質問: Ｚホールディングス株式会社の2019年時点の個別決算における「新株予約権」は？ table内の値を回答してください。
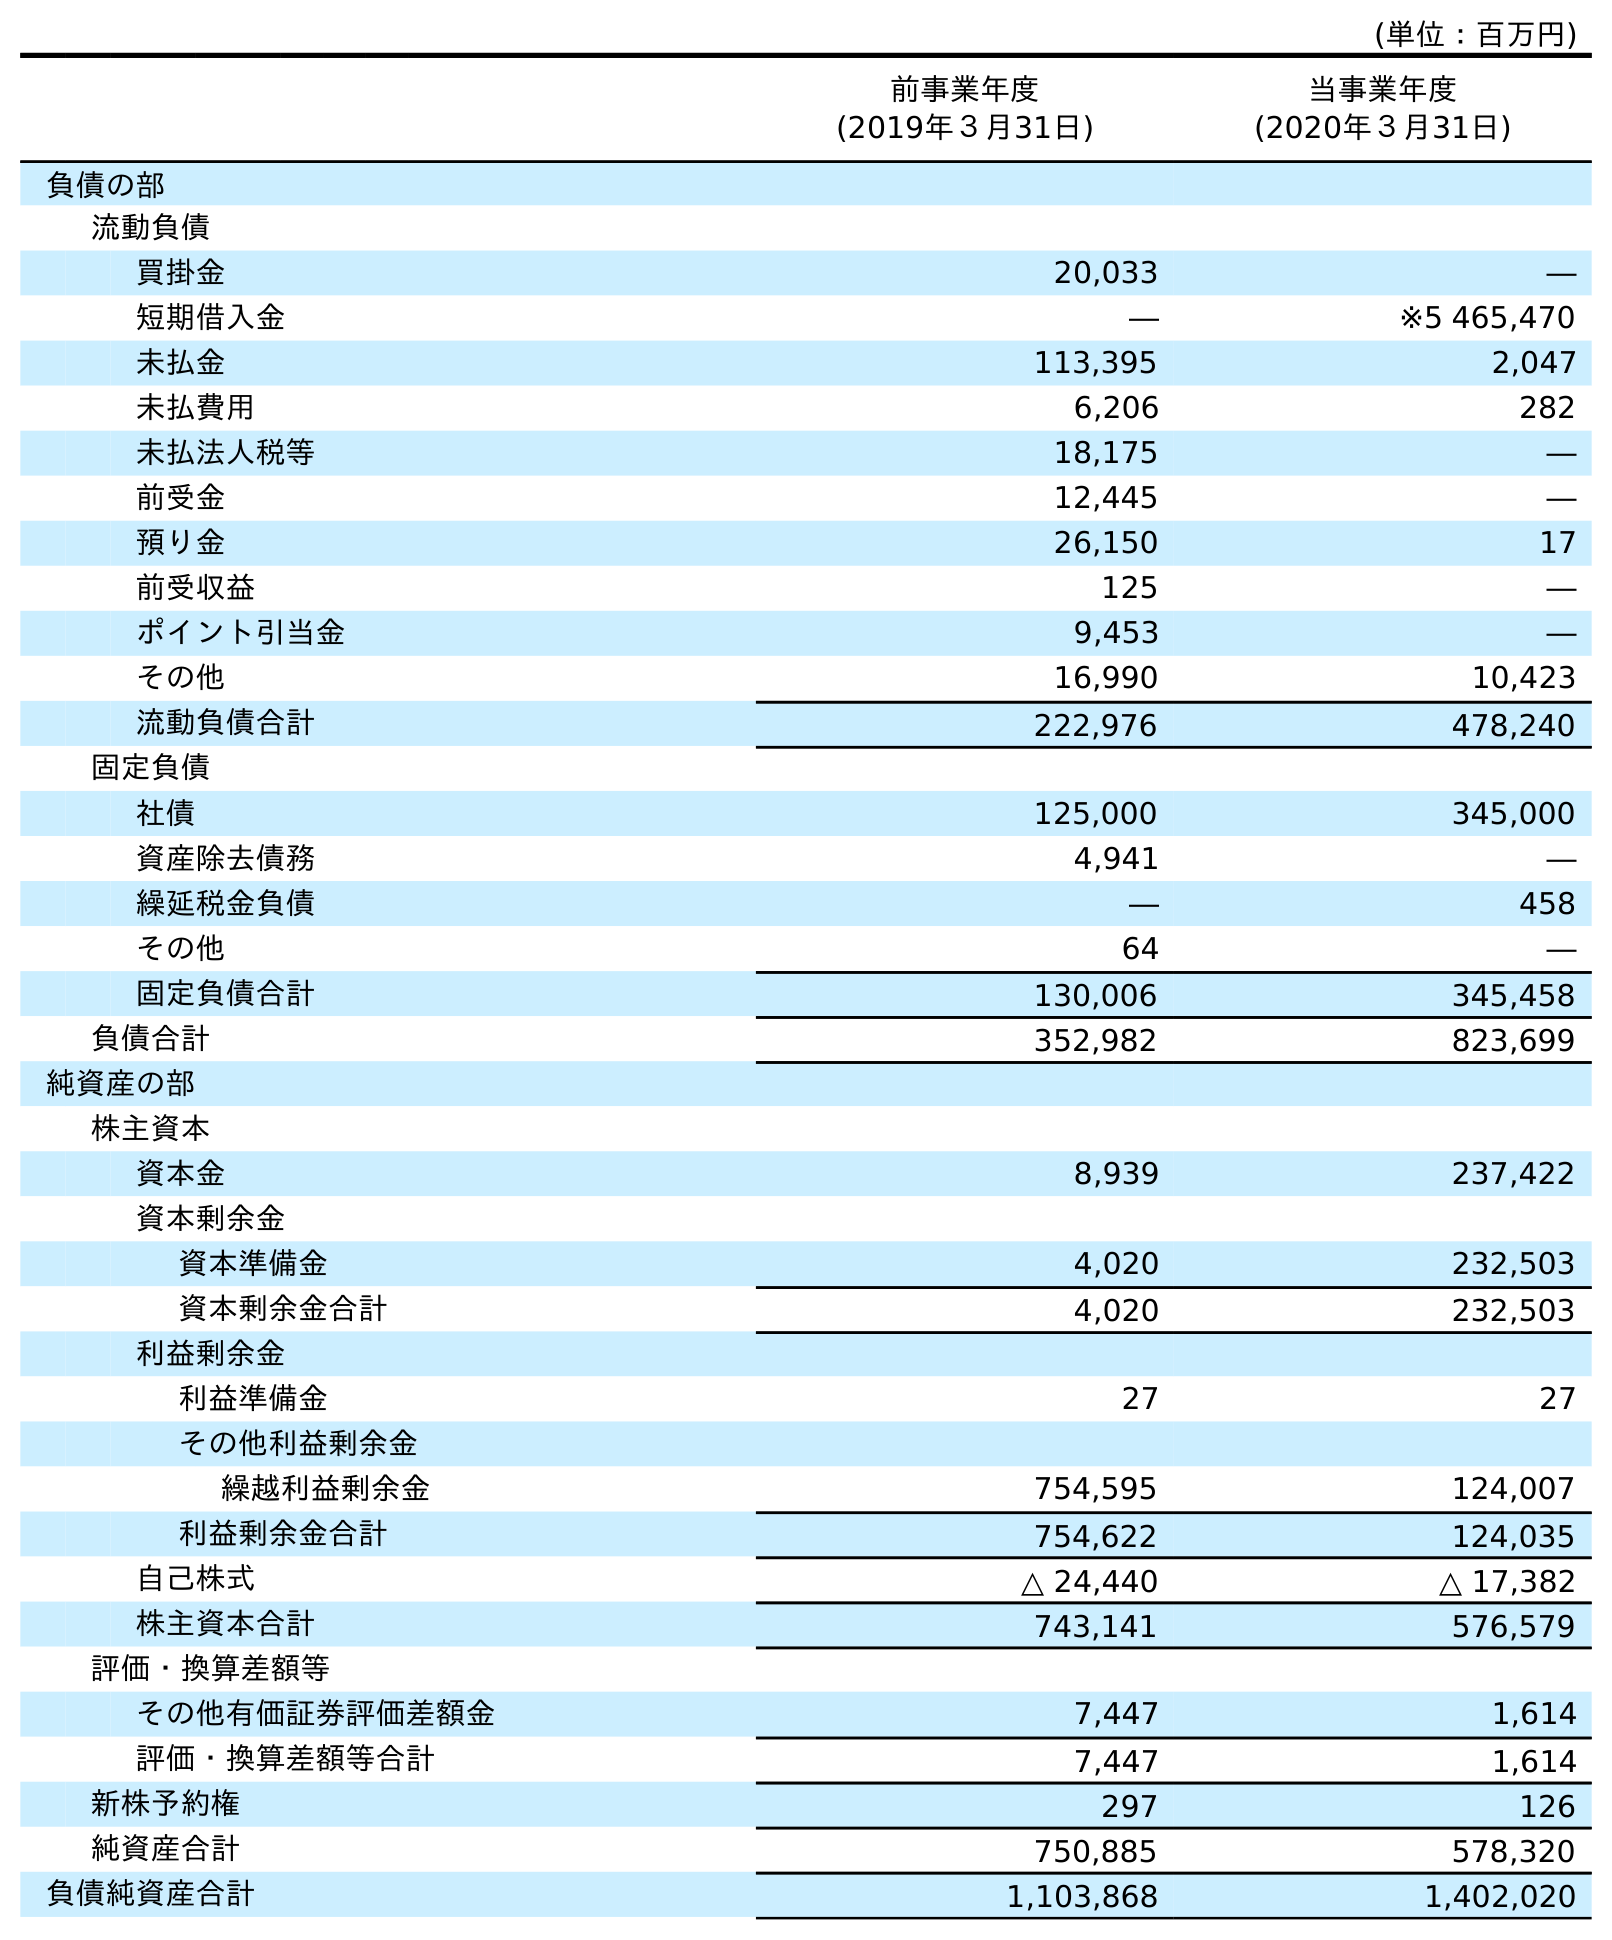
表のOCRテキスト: (単位：百万円) 前事業年度 (2019年３月31日) 当事業年度 (2020年３月31日) 負債の部 流動負債 買掛金 20,033 ― 短期借入金 ― ※5 465,470 未払金 113,395 2,047 未払費用 6,206 282 未払法人税等 18,175 ― 前受金 12,445 ― 預り金 26,150 17 前受収益 125 ― ポイント引当金 9,453 ― その他 16,990 10,423 流動負債合計 222,976 478,240 固定負債 社債 125,000 345,000 資産除去債務 4,941 ― 繰延税金負債 ― 458 その他 64 ― 固定負債合計 130,006 345,458 負債合計 352,982 823,699 純資産の部 株主資本 資本金 8,939 237,422 資本剰余金 資本準備金 4,020 232,503 資本剰余金合計 4,020 232,503 利益剰余金 利益準備金 27 27 その他利益剰余金 繰越利益剰余金 754,595 124,007 利益剰余金合計 754,622 124,035 自己株式 △ 24,440 △ 17,382 株主資本合計 743,141 576,579 評価・換算差額等 その他有価証券評価差額金 7,447 1,614 評価・換算差額等合計 7,447 1,614 新株予約権 297 126 純資産合計 750,885 578,320 負債純資産合計 1,103,868 1,402,020
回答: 297